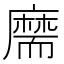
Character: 𦓡